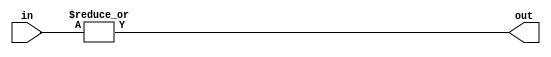
module OR_gate (
    input [63:0] in,
    output out
);

assign out = |in;

endmodule